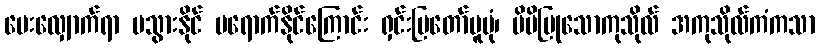
မေးလျှောက်ရာ မသွားနိုင် မရောက်နိုင်ကြောင်း ရှင်းပြတော်မူပုံ၊ မိမိပြုသောကုသိုလ် အကုသိုလ်ကံကသာ